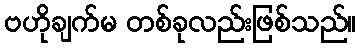
ဗဟိုချက်မ တစ်ခုလည်းဖြစ်သည်။